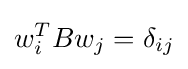
w_{i}^{T}Bw_{j}=\delta _{ij}